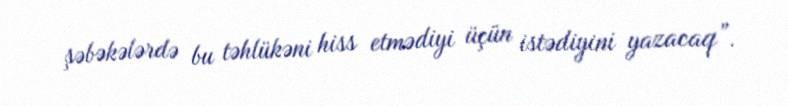
şəbəkələrdə bu təhlükəni hiss etmədiyi üçün istədiyini yazacaq”.